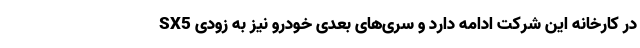
SX5 در کارخانه این شرکت ادامه دارد و سری‌های بعدی خودرو نیز به زودی